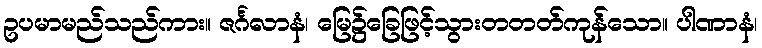
ဥပမာမည်သည်ကား။ ဇင်္ဂလာနံ၊ မြေ၌ခြေဖြင့်သွားတတတ်ကုန်သော။ ပါဏာနံ၊